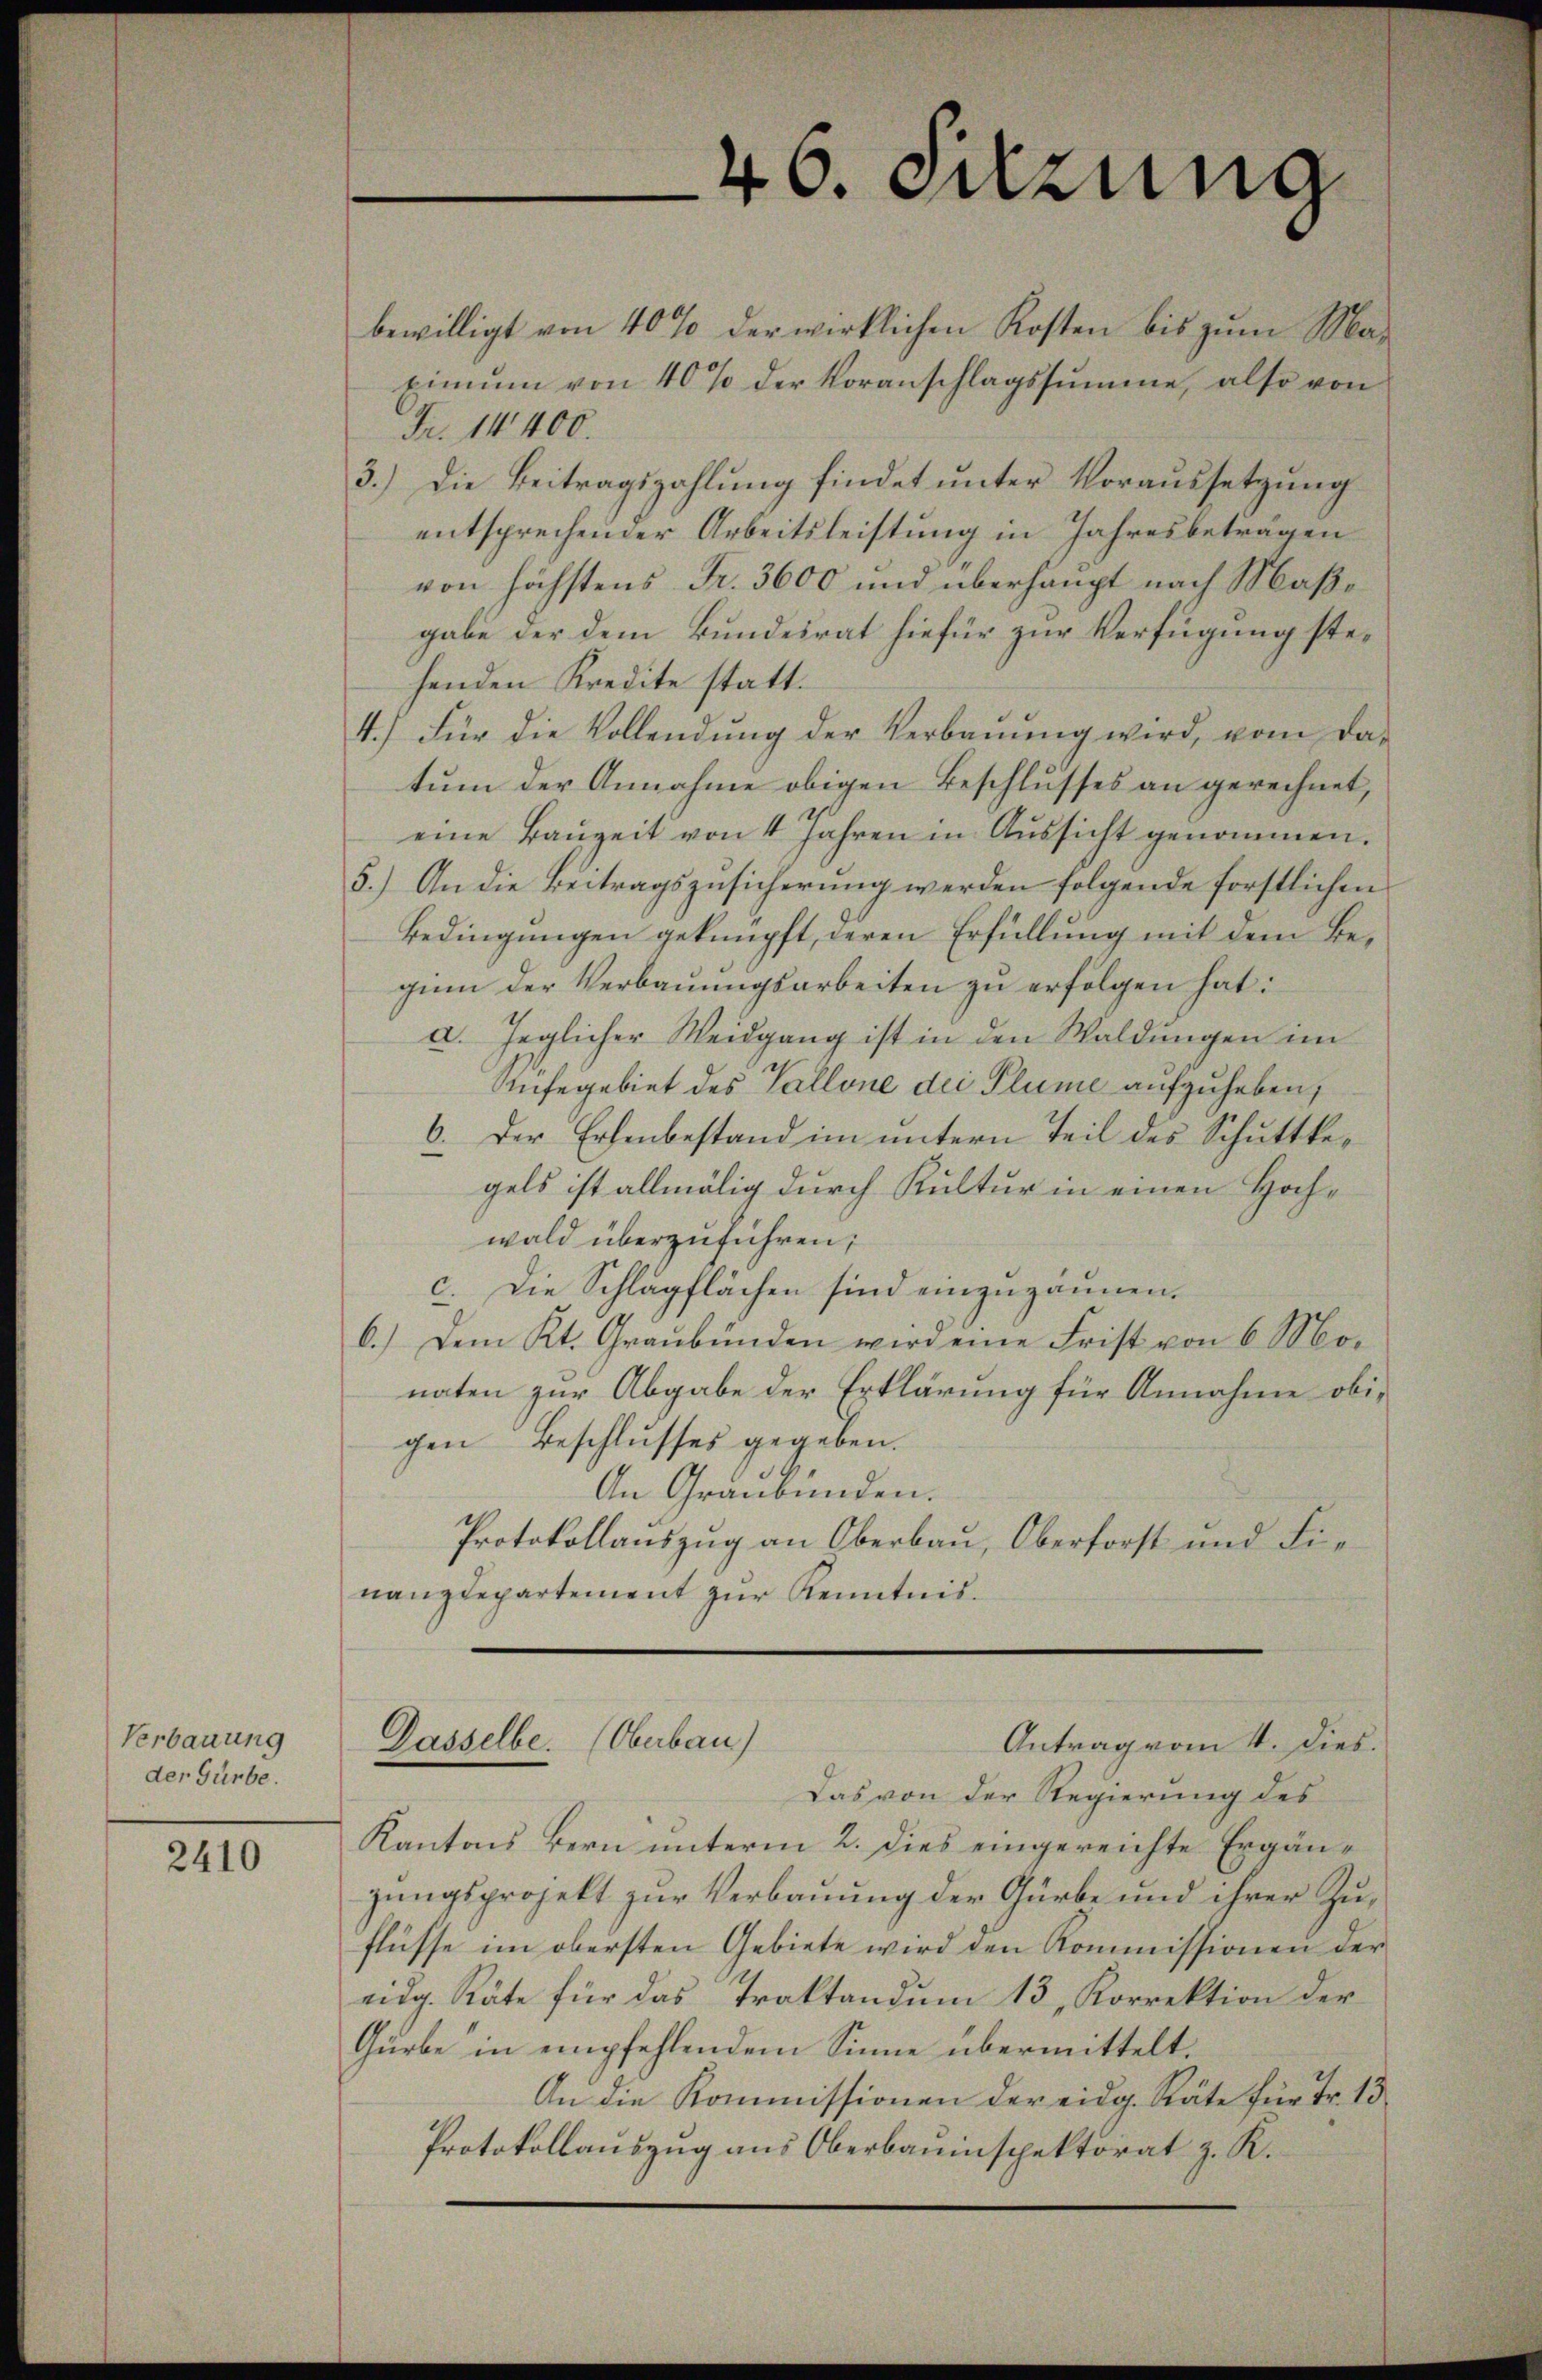
Verbauung
der Gürbe.

2410

bewilligt von 40% der wirklichen Kosten bis zum Ma-
ximŭm von 40% der Voranschlagssumme, also von
Fr. 14400.
3.) Die Beitragszahlung findet unter Voraussetzung
entsprechender Arbeitsleistung in Jahresbeträgen
von höchstens Fr. 3600 und überhaupt nach Maßgabe der dem Bundesrat hiefür zur Verfügung stehenden Kredite statt.
4.) Für die Vollendŭng der Verbaŭŭng wird, vom da-
tum der Annahme obigen Beschlusses an gerechnet,
eine Baŭzeit von 4 Jahren in Aŭssicht genommen.
5.) An die Beitragszusicherung werden folgende forstlichen
Bedingungen geknüpft, deren Erfüllung mit dem Begin der Verbauungsarbeiten zu erfolgen hat:
a. Jeglicher Weidgang ist in den Waldungen im
Anfegebiet des Vallone dei Plume aufzuheben,
6. Der Erlenbestand im untern Teil des Schuttkegels ist allmälig durch Kultur in einen Hochwald überzuführen;
c. Die Schlagflächen sind einzuzäunen.
6.) Dem Kt. Graubünden wird eine Frist von 6 Mo-
naten zur Abgabe der Erklärung für Annahme obigen Beschlusses gegeben.
An Graubünden.
Protokollauszug an Oberbau, Oberforst und Finanzdepartement zur Kenntnis.

46. Sitzung

Dasselbe. (Oberbau)
Antrag vom 4. dies.

Das von der Regierung des
Kantons Bern unterm 2. dies eingereichte Ergänzungsprojekt zur Verbauung der Gürbe und ihrer Zuflüsse im obersten Gebiete wird den Kommissionen der
eidg. Räte für das Traktandum 13. Korrektion der
Gürbe in empfehlendem Sinne übermittelt.
An die Kommissionen der eidg. Räte für Fr. 13
Protokollauszug aus Oberbauinspektorat z. R.